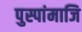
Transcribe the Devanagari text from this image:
पुस्पांमाजि